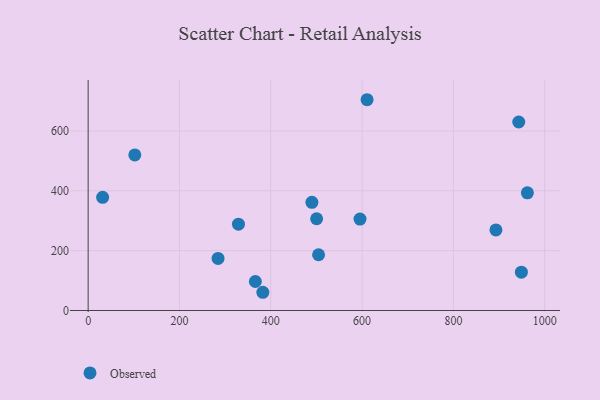
{"axis": {"x": "Price", "y": "Profit"}, "legend": ["Observed"], "data": [{"x": "366.2", "y": 96.9, "type": "Observed"}, {"x": "382.6", "y": 60.9, "type": "Observed"}, {"x": "102.2", "y": 519.9, "type": "Observed"}, {"x": "500.4", "y": 306.7, "type": "Observed"}, {"x": "962.0", "y": 393.4, "type": "Observed"}, {"x": "893.1", "y": 269.4, "type": "Observed"}, {"x": "31.7", "y": 378.4, "type": "Observed"}, {"x": "948.9", "y": 128.0, "type": "Observed"}, {"x": "504.7", "y": 186.4, "type": "Observed"}, {"x": "329.2", "y": 288.6, "type": "Observed"}, {"x": "595.4", "y": 305.6, "type": "Observed"}, {"x": "610.9", "y": 704.5, "type": "Observed"}, {"x": "943.1", "y": 630.1, "type": "Observed"}, {"x": "490.1", "y": 361.4, "type": "Observed"}, {"x": "284.5", "y": 174.1, "type": "Observed"}]}